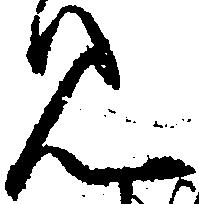
見